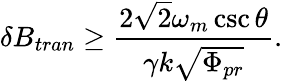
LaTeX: \delta B_{tran}\geq\frac{2\sqrt{2}\omega_{m}\csc\theta}{\gamma k\sqrt{\Phi_{pr}}}.